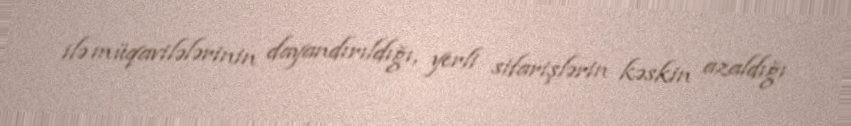
ilə müqavilələrinin dayandırıldığı, yerli sifarişlərin kəskin azaldığı